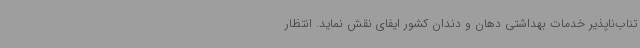
تناب‌ناپذیر خدمات بهداشتی دهان و دندان کشور ایفای نقش نماید. انتظار